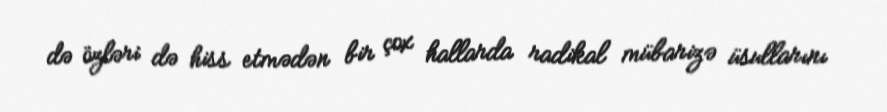
də özləri də hiss etmədən bir çox hallarda radikal mübarizə üsullarını